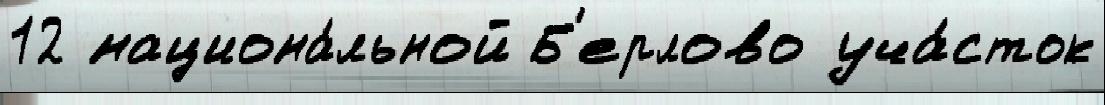
12 национа́льной Б'ерлово уча́сток